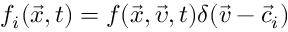
f _ { i } ( \vec { x } , t ) = f ( \vec { x } , \vec { \upsilon } , t ) \delta ( \vec { v } - \vec { c } _ { i } )